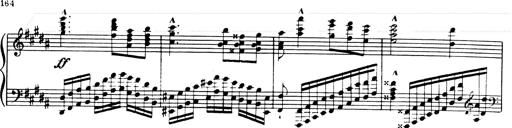
Title: Andante Finale und Marsch aus der Oper KÃ¶nig Alfred
Composer: Franz Liszt